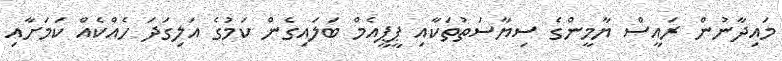
މައިދާނުން ރައީސް ޔާމީންގެ ސިޔާސަތުތަކާއި ޕީޕީއެމް ބަލައިގެން ކަމުގެ އަލިގަދަ ހެއްކެއް ކަމަށާއި